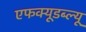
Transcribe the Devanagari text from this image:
एफक्यूडब्ल्यू